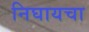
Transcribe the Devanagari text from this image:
निघायचा